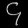
Digit: ၄